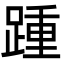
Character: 踵